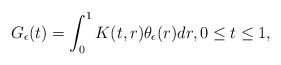
\begin{align*}G_{\epsilon}(t)=\int_0^1K(t,r)\theta_{\epsilon}(r)dr,0\leq t\leq1,\end{align*}